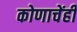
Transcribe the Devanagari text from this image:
कोणाचेंही